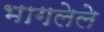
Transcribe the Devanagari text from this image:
भागलेले